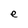
Character: e